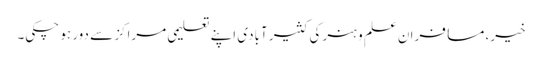
خیر، مسافرانِ علم و ہنر کی کثیر آبادی اپنے تعلیمی مراکز سے دور ہو چکی۔